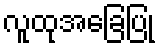
လူထုအခြေပြု